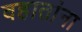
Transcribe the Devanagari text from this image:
वहातांना